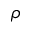
\rho